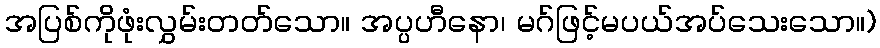
အပြစ်ကိုဖုံးလွှမ်းတတ်သော။ အပ္ပဟီနော၊ မဂ်ဖြင့်မပယ်အပ်သေးသော။)